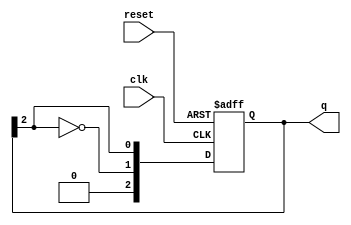
module johnson_counter #(
    parameter N = 3  // Number of flip-flops (can be changed as needed)
)(
    input wire clk,      // Clock signal
    input wire reset,    // Asynchronous reset signal
    output reg [N-1:0] q // Output state of the counter
);

// Always block triggered on the rising edge of the clock or reset
always @(posedge clk or posedge reset) begin
    if (reset) begin
        // Asynchronous reset: set all flip-flops to 0
        q <= 0;
    end else begin
        // Johnson counter logic: shift and invert the last flip-flop
        q <= {~q[N-1], q[N-1:N-1]}; // Shift left and feed back inverted last bit
    end
end

endmodule